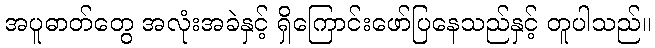
အပူဓာတ်တွေ အလုံးအခဲနှင့် ရှိကြောင်းဖော်ပြနေသည်နှင့် တူပါသည်။